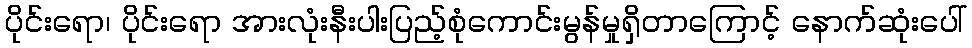
ပိုင်းရော၊ ပိုင်းရော အားလုံးနီးပါးပြည့်စုံကောင်းမွန်မှုရှိတာကြောင့် နောက်ဆုံးပေါ်